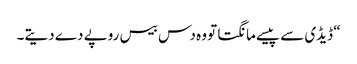
“ ڈیڈی سے پیسے مانگتا تو وہ دس بیس روپے دے دیتے۔